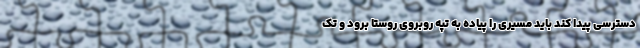
دسترسی پیدا کند باید مسیری را پیاده به تپه روبروی روستا برود و تک